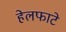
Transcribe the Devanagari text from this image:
हेलफाटे